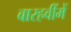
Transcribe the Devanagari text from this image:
बारहवींमें